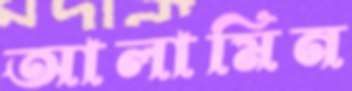
আলামিন